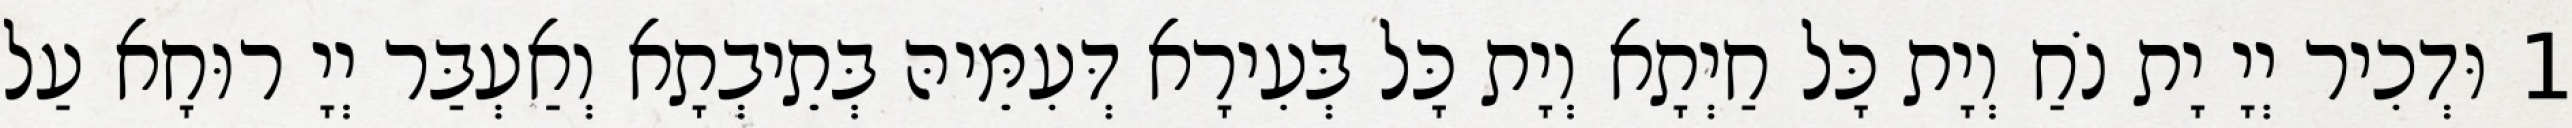
1 וּדְכִיר יְיָ יָת נֹחַ וְיָת כָּל חַיְתָא וְיָת כָּל בְּעִירָא דְּעִמֵּיהּ בְּתֵיבְתָא וְאַעְבַּר יְיָ רוּחָא עַל